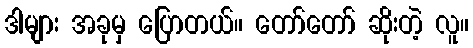
ဒါများ အခုမှ ပြောတယ်။ တော်တော် ဆိုးတဲ့ လူ။